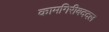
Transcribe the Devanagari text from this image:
कामगिरीबददल